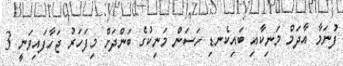
ފުނަމާ އާދަމް މަނިކާއި ބައިކެނޑި ހަސަން މަނިކުގެ ބަންދަށް މިފަހަރު ޖަހާފައިވަނީ 3